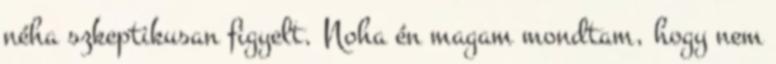
néha szkeptikusan figyelt. Noha én magam mondtam, hogy nem